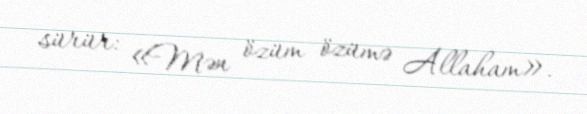
sürür: «Mən özüm özümə Allaham».